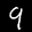
Label: 9